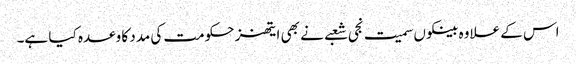
اس کے علاوہ بینکوں سمیت نجی شعبے نے بھی ایتھنز حکومت کی مدد کا وعدہ کیا ہے۔